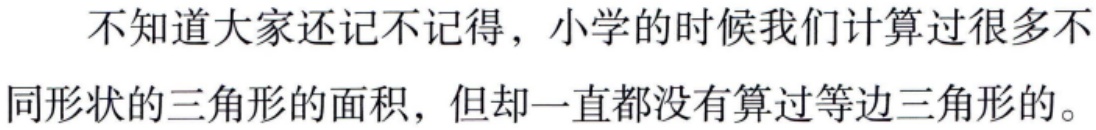
不知道大家还记不记得，小学的时候我们计算过很多不同形状的三角形的面积，但却一直都没有算过等边三角形的。